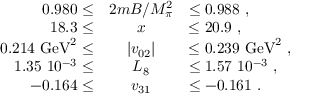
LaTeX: \begin{array} { r c l } { { 0 . 9 8 0 \leq } } & { { { 2 m B / M _ { \pi } ^ { 2 } } } } & { { \leq 0 . 9 8 8 \ , } } \\ { { 1 8 . 3 \leq } } & { { x } } & { { \leq 2 0 . 9 \ , } } \\ { { 0 . 2 1 4 \ \mathrm { G e V } ^ { 2 } \leq } } & { { \vert v _ { 0 2 } \vert } } & { { \leq 0 . 2 3 9 \ \mathrm { G e V } ^ { 2 } \ , } } \\ { { 1 . 3 5 \ 1 0 ^ { - 3 } \leq } } & { { L _ { 8 } } } & { { \leq 1 . 5 7 \ 1 0 ^ { - 3 } \ , } } \\ { { - 0 . 1 6 4 \leq } } & { { v _ { 3 1 } } } & { { \leq - 0 . 1 6 1 \ . } } \end{array}